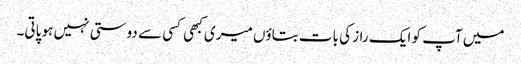
میں آپ کو ایک راز کی بات بتاؤں میری کبھی کسی سے دوستی نہیں ہو پاتی۔